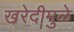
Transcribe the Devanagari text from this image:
खरेदीमुळे